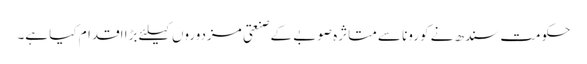
حکومت سندھ نے کورونا سے متاثرہ صوبے کے صنعتی مزدوروں کیلئے بڑا اقدام کیا ہے۔